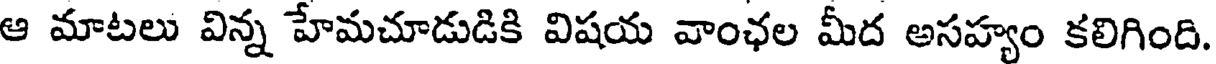
ఆ మాటలు విన్న హేమచూడుడికి విషయ వాంఛల మీద అసహ్యం కలిగింది